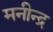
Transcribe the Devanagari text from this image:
मनीन्द्र